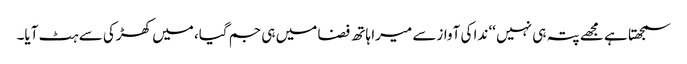
سمجھتا ہے مجھے پتہ ہی نہیں ‘‘ ندا کی آوازسے میرا ہاتھ فضا میں ہی جم گیا، میں کھڑکی سے ہٹ آیا۔